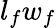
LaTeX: {l_{f}w_{f}}